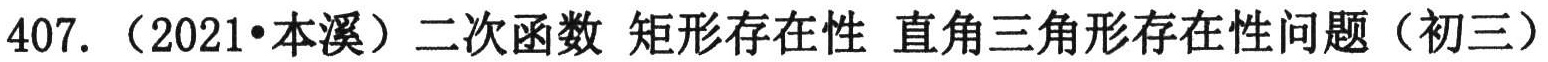
407. （2021•本溪）二次函数 矩形存在性 直角三角形存在性问题（初三）